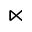
\ltimes